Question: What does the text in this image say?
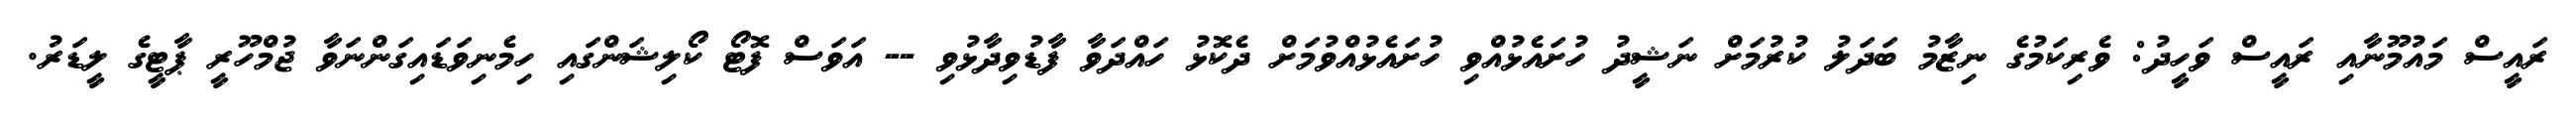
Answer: ރައީސް މައުމޫނާއި ރައީސް ވަހީދު: ވެރިކަމުގެ ނިޒާމު ބަދަލު ކުރުމަށް ނަޝީދު ހުށައެޅުއްވި ހުށައެޅުއްވުމަށް ދެކޮޅު ހައްދަވާ ފާޑުވިދާޅުވި -- އަވަސް ފޮޓޯ ކޯލިޝަންގައި ހިމެނިވަޑައިގަންނަވާ ޖުމްހޫރީ ޕާޓީގެ ލީޑަރު.